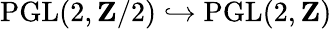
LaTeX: \operatorname{PGL}(2,\mathbf{Z}/2)\hookrightarrow\operatorname{PGL}(2,\mathbf{Z})